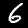
Label: 6